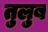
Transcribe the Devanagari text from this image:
तुलुब